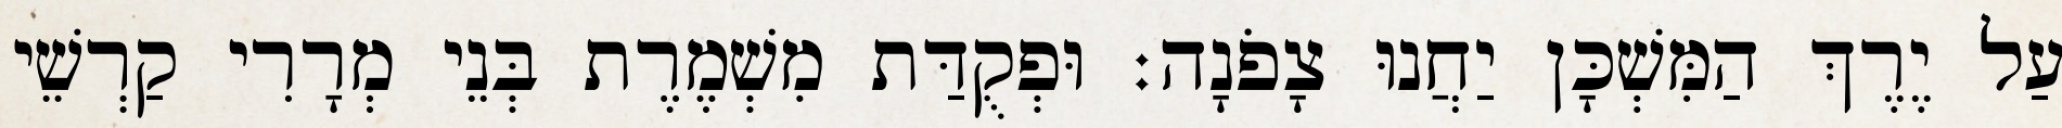
עַל יֶרֶךְ הַמִּשְׁכָּן יַחֲנוּ צָפֹנָה׃ וּפְקֻדַּת מִשְׁמֶרֶת בְּנֵי מְרָרִי קַרְשֵׁי